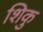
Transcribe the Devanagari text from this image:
शिकु